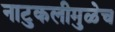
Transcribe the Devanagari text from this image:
नाटुकलीमुळेच